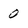
Character: 0